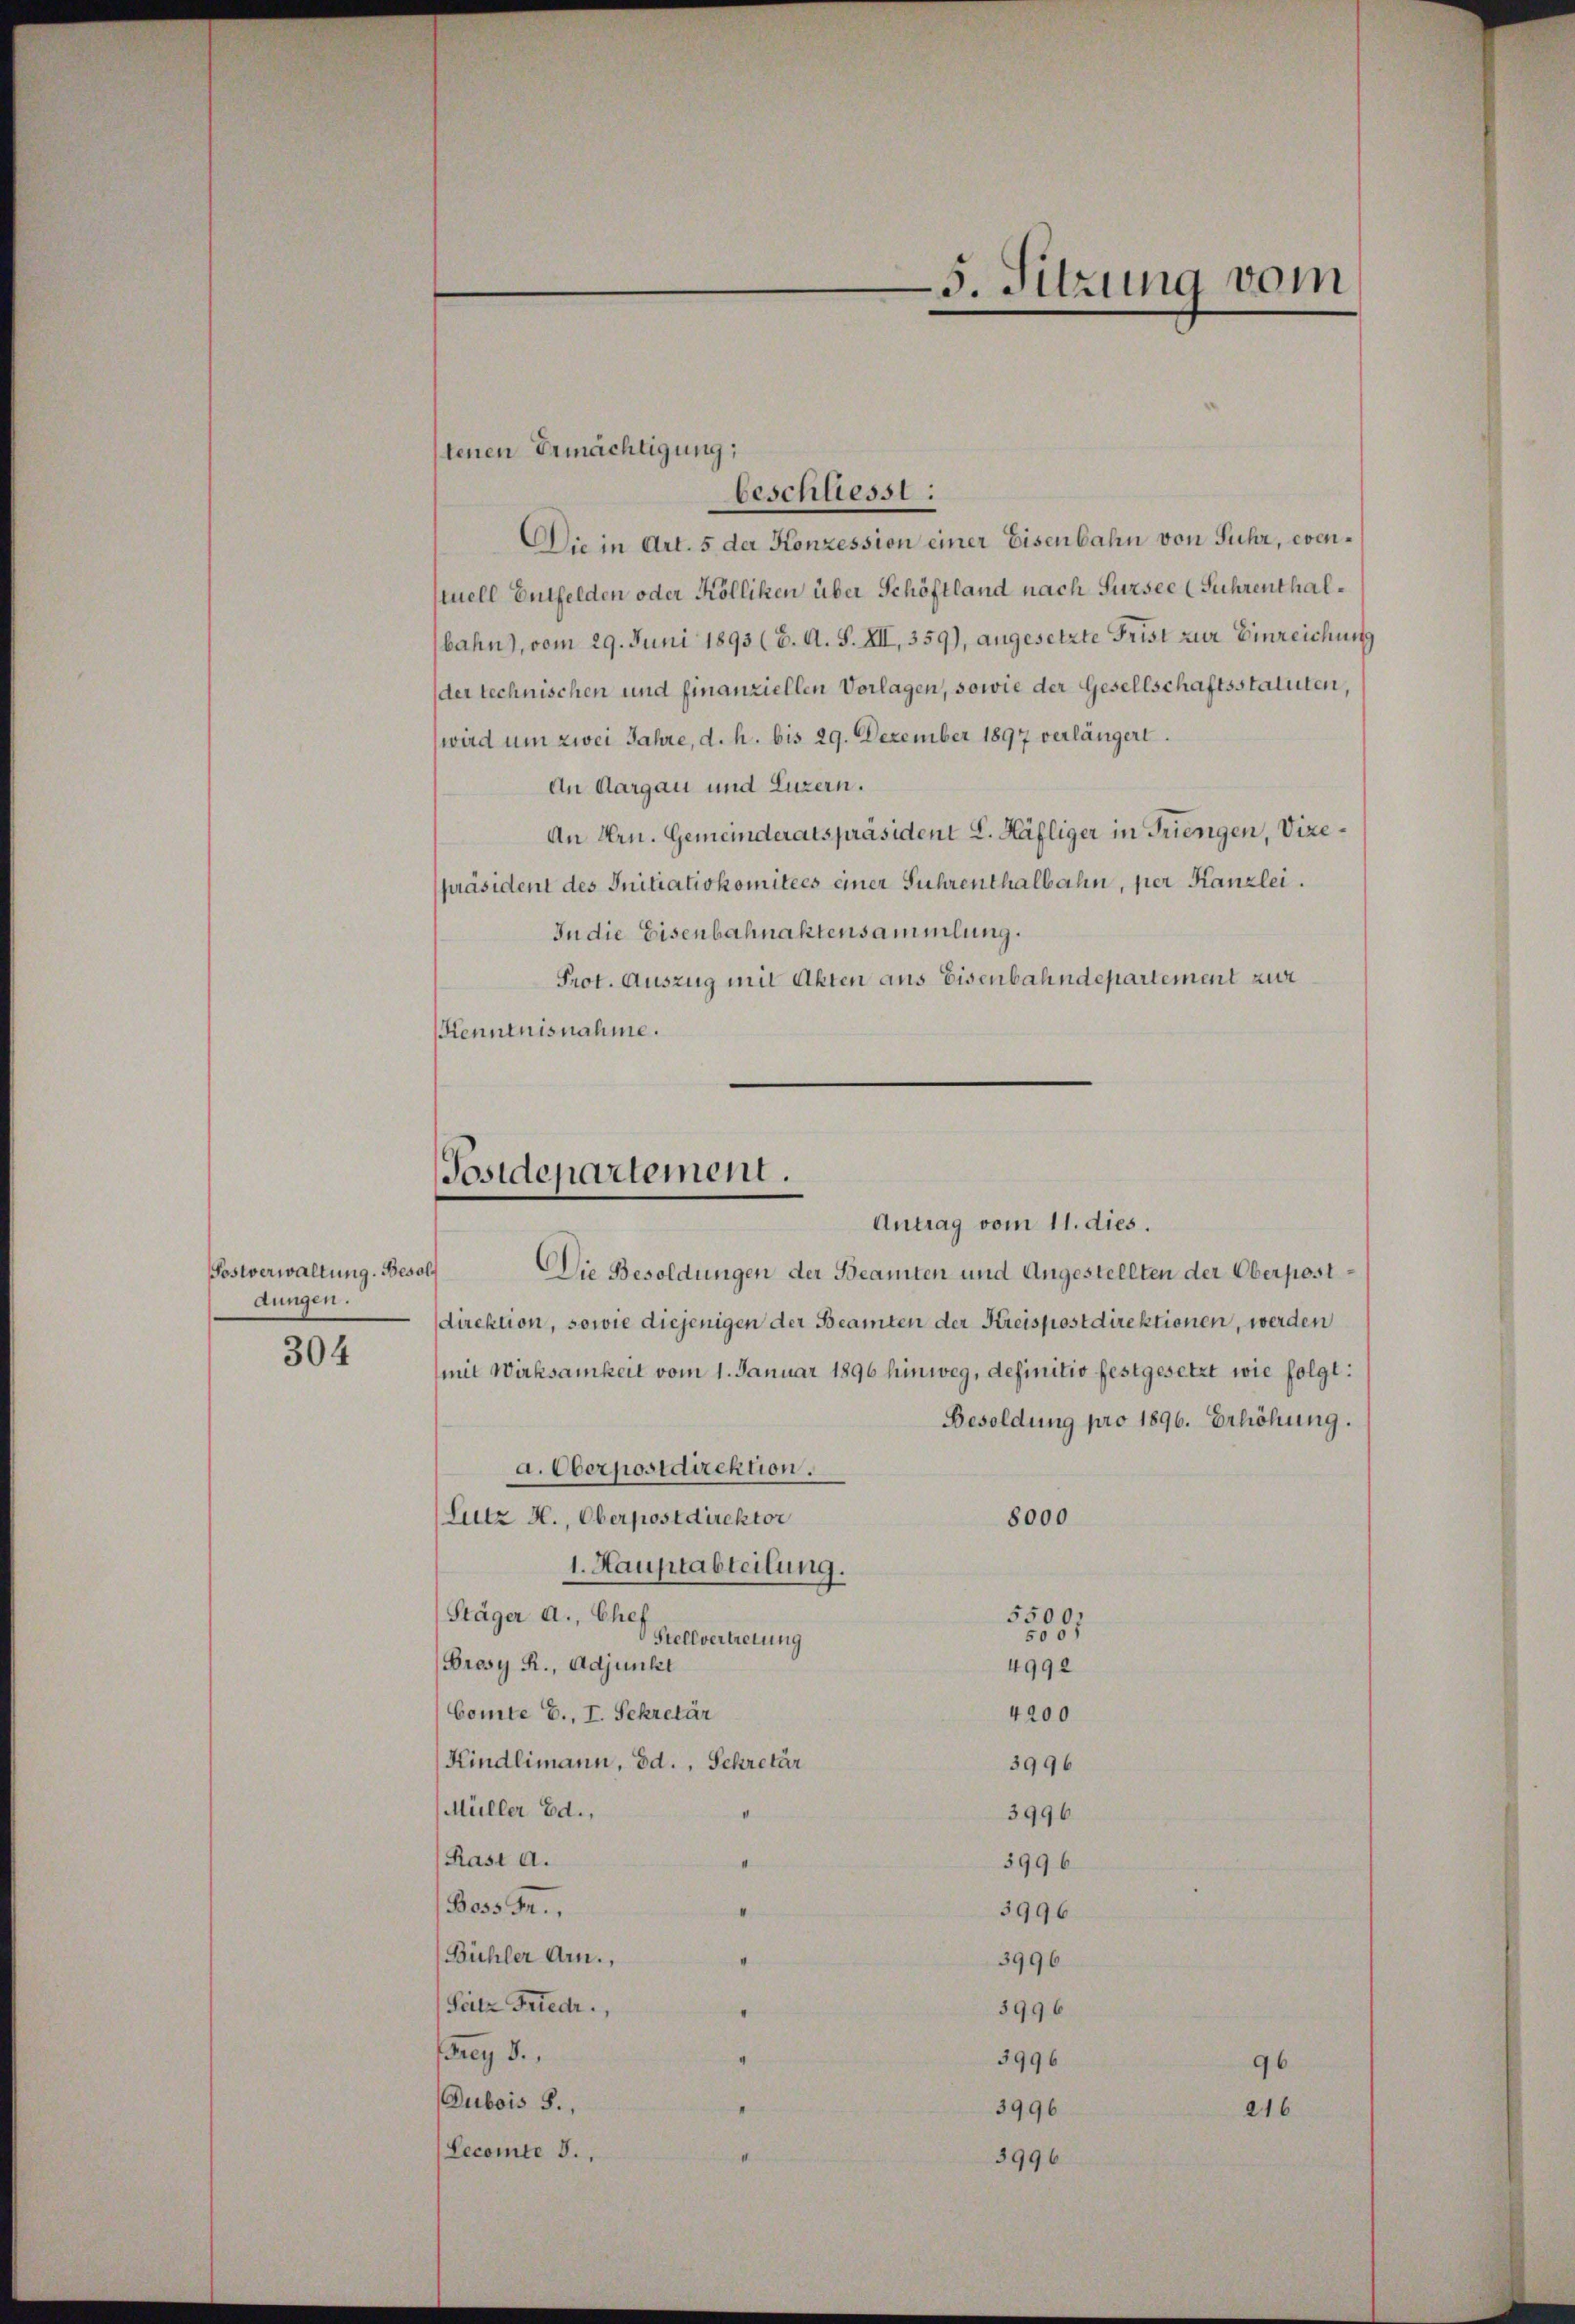
Postverwaltung. Besol
dungen.

304

tenen Ermächtigung;
beschliesst :
Die in Art. 5 der Konzession einer Eisenbahn von Fuhr, eventuell Entfelden oder Kölliken über Schöftland nach Sursee (Fuhrenthalbahn, vom 29. Juni 1893 (6. A. S. XII, 359), angesetzte Frist zur Einreichung
der technischen und finanziellen Vorlagen, sowie der Gesellschaftsstatuten,
(wird um zwei Jahre, d. h. bis 29. Dezember 1897 verlängert.
An Aargau und Luzern.
An Hrn. Gemeinderatspräsident E. Häfliger in Triengen, Vizepräsident des Initiativkomitees einer Führenthalbahn, per Kanzlei.
In die Eisenbahnaktensammlung.
Prot. Auszug mit Akten aus Eisenbahndepartement zur
Kenntnisnahme.

Postdepartement.
Antrag vom 11. dies.

Die Besoldungen der Beamten und Angestellten der Oberpostdirektion, sowie diejenigen der Beamten der Kreispostdirektionen, werden
mit Wirksamkeit vom 1. Januar 1896 hinweg, definitiv festgesetzt wie folgt:
Besoldung pro 1896. Erhöhung.
a. Oberpostdirektion.
Lutz H., Oberpostdirektor
8000
1. Hauptabteilung.
Stäger a., Ehes
5500.
500
Stellvertretung
Brosy R., Adjunkt
4992
Comte E., I. Sekretär
4200
Kindlimann, Bd., Schretär
3996
Müller Ed.,
3996
Rast a.
3996
Boss Fr.,
3996
Bühler Arn.,
3996
Satz Friedr.,
3996
y 8.
3996
96
Dubois S.
3996
216
Lecomite 3.
3996

5. Sitzung vom